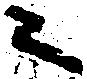
ニ